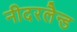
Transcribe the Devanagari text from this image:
नीदरलैन्ड